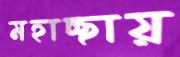
মহাচ্ছায়